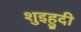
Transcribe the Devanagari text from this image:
शुइहुदी